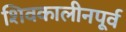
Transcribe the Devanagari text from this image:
शिवकालीनपूर्व